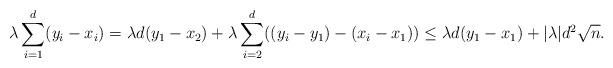
LaTeX: \begin{align*} \lambda\sum_{i=1}^d (y_i-x_i) =\lambda d(y_1-x_2) +\lambda\sum_{i=2}^d ((y_i-y_{1})-(x_i-x_1))\le \lambda d(y_1-x_1) +|\lambda| d^2\sqrt n.\end{align*}